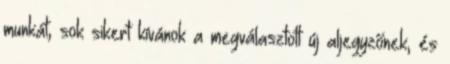
munkát, sok sikert kívánok a megválasztott új aljegyzőnek, és